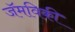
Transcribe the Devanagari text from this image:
जॅमविकी